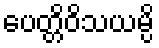
ပေတ္တိဝိသယမ္ပိ